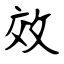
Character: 效